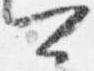
可